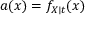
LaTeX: a ( x ) = f _ { X \mid t } ( x )